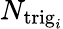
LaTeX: N_{{\mathrm{trig}_{i}}}